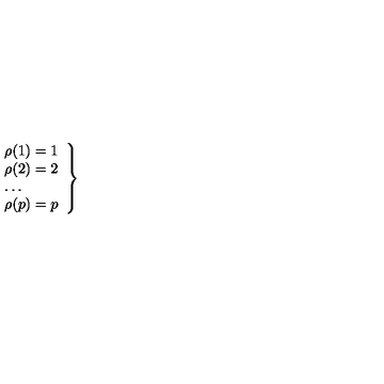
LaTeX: \left. \begin{array} { l } { \rho ( 1 ) = 1 } \\ { \rho ( 2 ) = 2 } \\ { \ldots } \\ { \rho ( p ) = p } \\ \end{array} \right\}